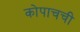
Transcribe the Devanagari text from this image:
कोपाचची